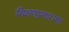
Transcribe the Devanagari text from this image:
शिक्षणप्रसाराचा